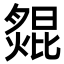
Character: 𦠺